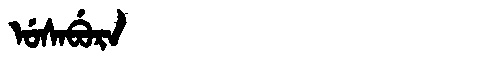
Manchu: ᡠᠰᠠᠪᡠᡵᠠ
Romanization: USABURA